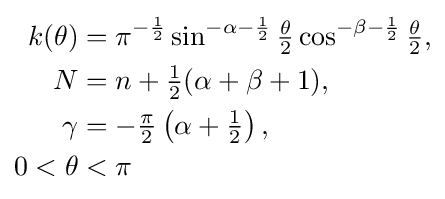
{\begin{aligned}k(\theta )&=\pi ^{-{\frac {1}{2}}}\sin ^{-\alpha -{\frac {1}{2}}}{\tfrac {\theta }{2}}\cos ^{-\beta -{\frac {1}{2}}}{\tfrac {\theta }{2}},\\N&=n+{\tfrac {1}{2}}(\alpha +\beta +1),\\\gamma &=-{\tfrac {\pi }{2}}\left(\alpha +{\tfrac {1}{2}}\right),\\0<\theta &<\pi \end{aligned}}